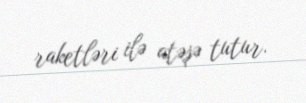
raketləri ilə atəşə tutur.